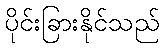
ပိုင်းခြားနိုင်သည်